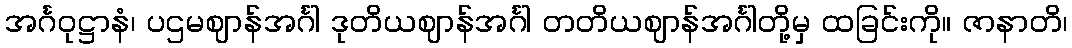
အင်္ဂဝုဋ္ဌာနံ၊ ပဌမဈာန်အင်္ဂါ ဒုတိယဈာန်အင်္ဂါ တတိယဈာန်အင်္ဂါတို့မှ ထခြင်းကို။ ဇာနာတိ၊